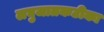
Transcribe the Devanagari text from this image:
लघुजातकटीका